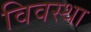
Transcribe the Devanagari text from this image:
विवस्था